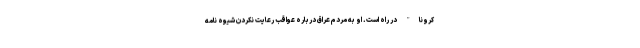
کرونا" در راه است. او به مردم عراق درباره عواقب رعایت نکردن شیوه نامه